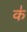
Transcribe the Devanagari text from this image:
क॑